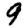
Digit: 9